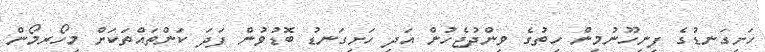
ހަށިގަނޑުގެ ފިނިހޫނުމިން ހިތުގެ ވިންދުޖެހުން އަދި ހަށިގަނޑު ބޮޑުވުން ފަދަ ކަންތައްތަކަށް މިހޯރމޯން